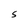
Character: S